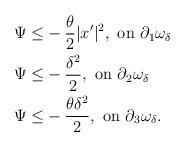
LaTeX: \begin{align*}\begin{aligned}\Psi \leq & - \frac{\theta}{2} |x'|^2, \mbox{ on } \partial_1 \omega_\delta\\\Psi \leq & - \frac{\delta^2}{2}, \mbox{ on } \partial_2 \omega_\delta\\\Psi \leq & - \frac{\theta \delta^2}{2}, \mbox{ on } \partial_3 \omega_\delta.\end{aligned}\end{align*}